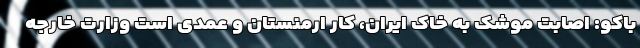
باکو: اصابت موشک به خاک ایران، کار ارمنستان و عمدی است وزارت خارجه